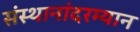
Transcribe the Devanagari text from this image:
संस्थानांदरम्यान